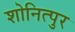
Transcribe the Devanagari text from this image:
शोनित्पुर